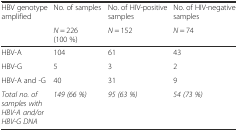
<table><thead><tr><td rowspan="2"><b>HBV genotype amplified</b></td><td><b>No. of samples</b></td><td><b>No. of HIV-positive samples</b></td><td><b>No. of HIV-negative samples</b></td></tr><tr><td><b><i>N</i> = 226 (100 %)</b></td><td><b><i>N</i> = 152</b></td><td><b><i>N</i> = 74</b></td></tr></thead><tbody><tr><td>HBV-A</td><td>104</td><td>61</td><td>43</td></tr><tr><td>HBV-G</td><td>5</td><td>3</td><td>2</td></tr><tr><td>HBV-A and -G</td><td>40</td><td>31</td><td>9</td></tr><tr><td><i>Total no. of samples with HBV-A and/or HBV-G DNA</i></td><td><i>149 (66 %)</i></td><td><i>95 (63 %)</i></td><td><i>54 (73 %)</i></td></tr></tbody></table>